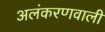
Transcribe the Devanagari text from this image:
अलंकरणवाली